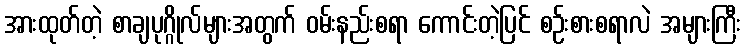
အားထုတ်တဲ့ စာချပုဂ္ဂိုလ်များအတွက် ဝမ်းနည်းစရာ ကောင်းတဲ့ပြင် စဉ်းစားစရာလဲ အများကြီး